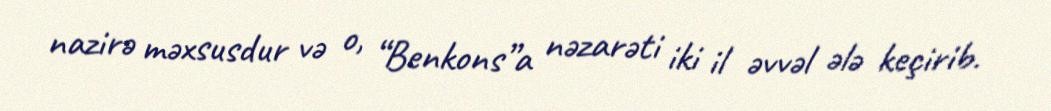
nazirə məxsusdur və o, “Benkons”a nəzarəti iki il əvvəl ələ keçirib.